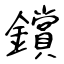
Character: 鑜